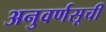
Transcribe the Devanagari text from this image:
अनुवर्णसूची